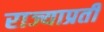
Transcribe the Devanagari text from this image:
राज्याप्रती